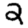
Digit: 2